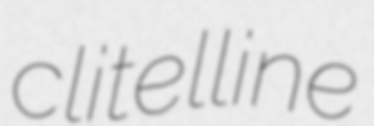
clitelline